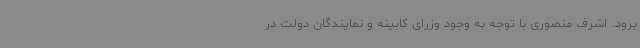
برود. اشرف منصوری با توجه به وجود وزرای کابینه و نمایندگان دولت در